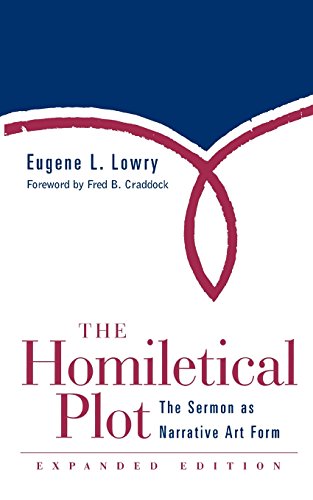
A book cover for The Homiletical Plot, Expanded Edition: The Sermon as Narrative Art Form; Eugene L. Lowry; Christian Books & Bibles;